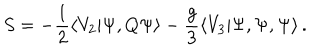
LaTeX: S = - \frac { 1 } { 2 } \langle V _ { 2 } | \Psi , Q \Psi \rangle - \frac { g } { 3 } \langle V _ { 3 } | \Psi , \Psi , \Psi \rangle \, .